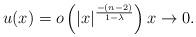
LaTeX: \begin{align*} u(x) = o\left(|x|^{\frac{-(n-2)}{1-\lambda}}\right) x\to 0.\end{align*}